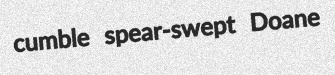
cumble spear-swept Doane